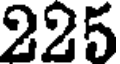
225